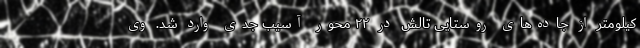
کیلومتر از جاده‌های روستایی تالش در ۲۲ محور آسیب جدی وارد شد. وی